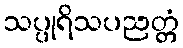
သပ္ပုရိသပညတ္တံ